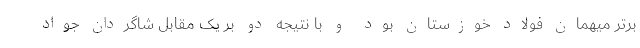
برتر میهمان فولاد خوزستان بود و با نتیجه دو بر یک مقابل شاگردان جواد